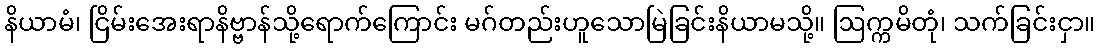
နိယာမံ၊ ငြိမ်းအေးရာနိဗ္ဗာန်သို့ရောက်ကြောင်း မဂ်တည်းဟူသောမြဲခြင်းနိယာမသို့။ ဩက္ကမိတုံ၊ သက်ခြင်းငှာ။